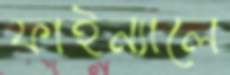
ফাইন্যালে